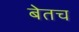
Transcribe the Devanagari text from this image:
बेतच